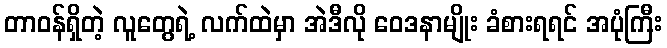
တာဝန်ရှိတဲ့ လူတွေရဲ့ လက်ထဲမှာ အဲဒီလို ဝေဒနာမျိုး ခံစားရရင် အပုံကြီး